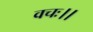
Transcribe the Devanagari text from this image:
वचः।।